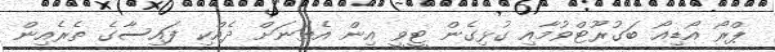
ޕްރޯ އޯޑިއޯ ބަގުރޫޓްވުމާއި ގުޅިގެން ޓީވީ އިން އެތަނަށް ދެއްކި ފައިސާގެ ތެރެއިން